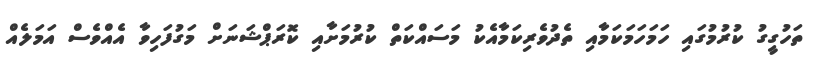
ތަހުގީގު ކުރުމުގައި ހަމަހަމަކަމާއި ތެދުވެރިކަމާއެކު މަސައްކަތް ކުރުމަށާއި ކޮރަޕްޝަނަށް މަގުފަހިވާ އެއްވެސް އަމަލެއް